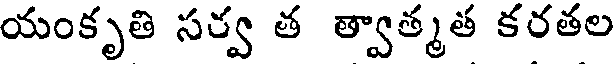
యంకృతి సర్వ త త్వాత్మత కరతల